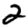
Digit: 2